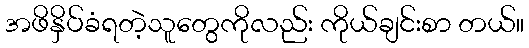
အဖိနှိပ်ခံရတဲ့သူတွေကိုလည်း ကိုယ်ချင်းစာ တယ်။